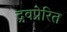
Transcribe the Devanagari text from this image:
द्रवप्रेरित